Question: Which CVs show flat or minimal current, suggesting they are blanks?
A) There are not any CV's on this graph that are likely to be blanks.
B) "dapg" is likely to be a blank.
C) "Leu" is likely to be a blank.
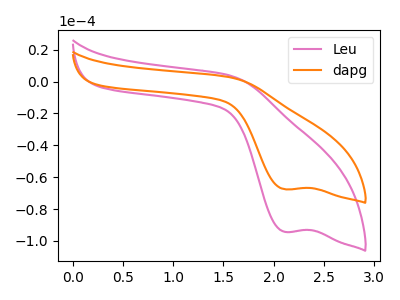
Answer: <think>The pink curve "Leu" has a cathodic peak at: (2.10V, -94.35uA). The orange curve "dapg" has a cathodic peak at: (2.10V, -67.60uA).</think>
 <answer>A) There are not any CV's on this graph that are likely to be blanks.</answer>
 <eval>A</eval>